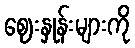
ဈေးနှုန်းများကို